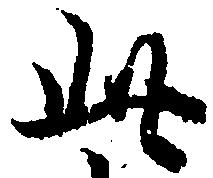
此